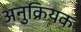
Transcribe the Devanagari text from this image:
अनुक्रियक